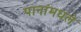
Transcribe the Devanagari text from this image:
पानांमधले